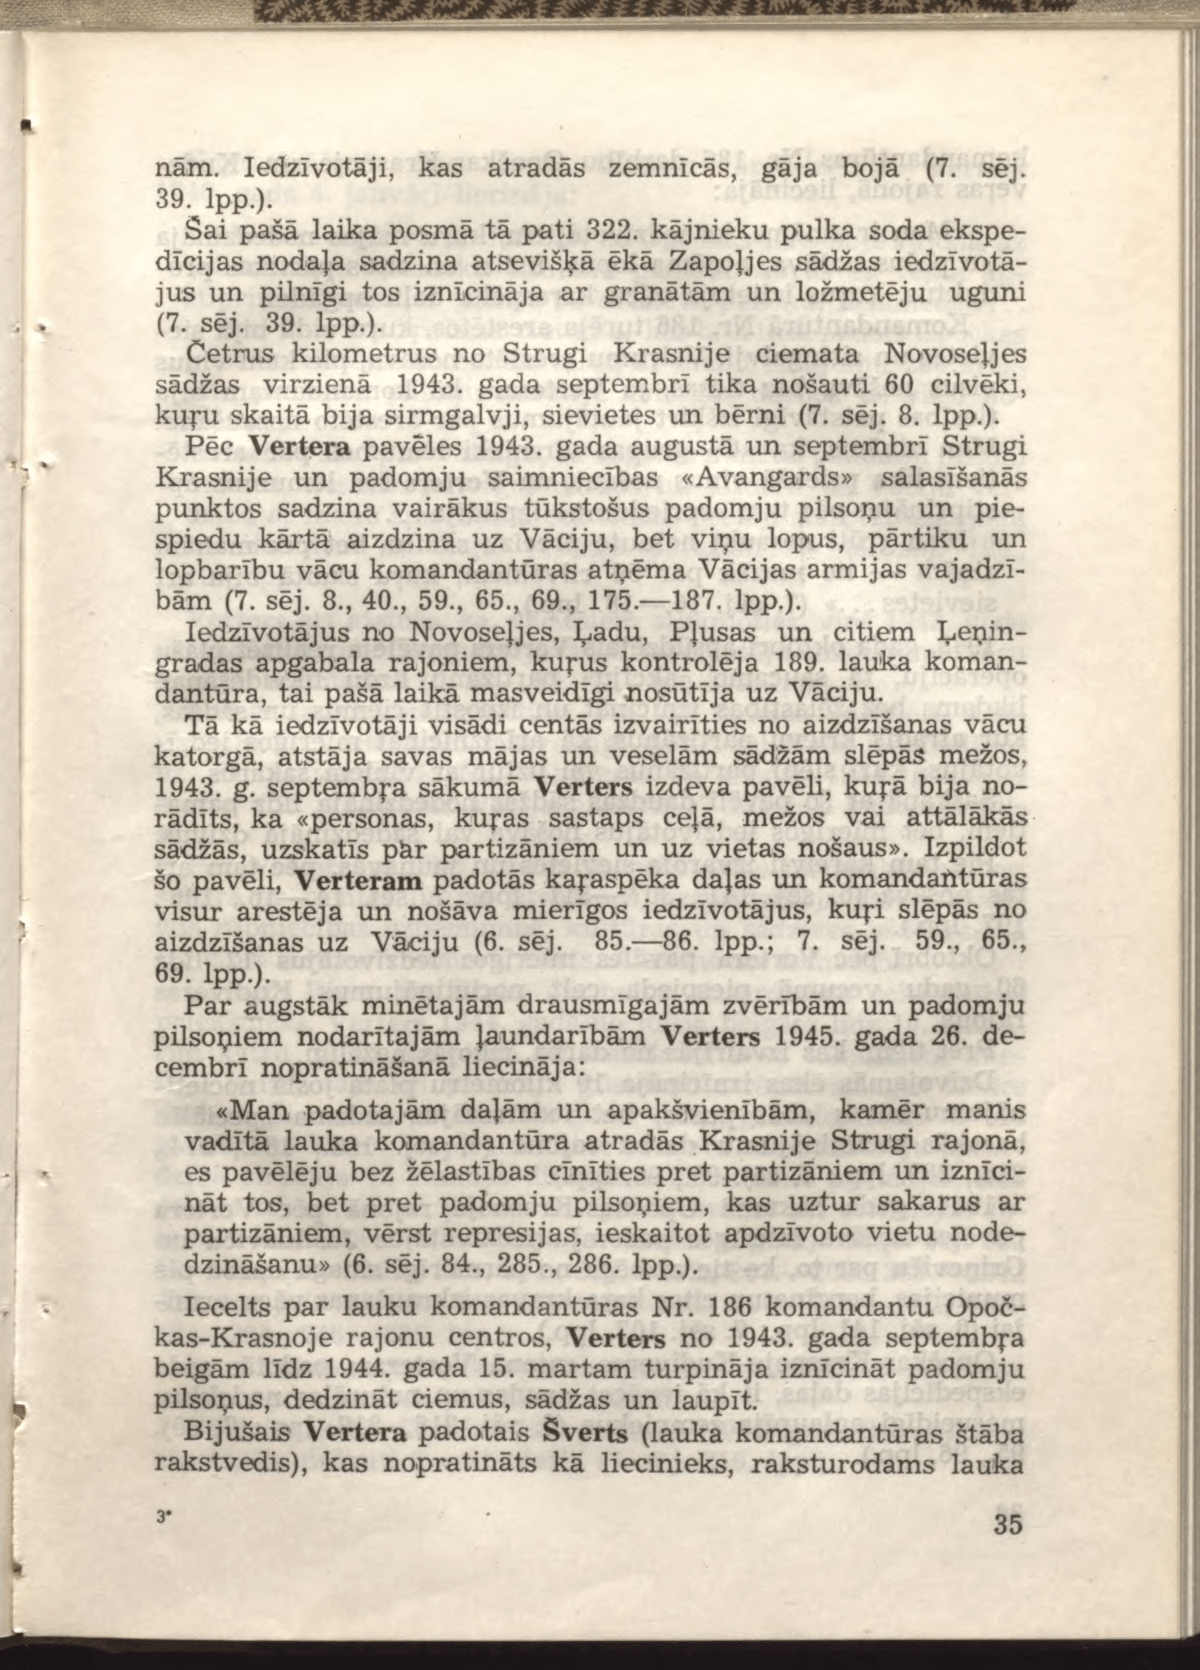
Language: lv